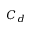
C _ { d }